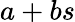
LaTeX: a+bs